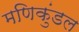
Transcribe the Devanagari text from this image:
मणिकुंडल